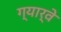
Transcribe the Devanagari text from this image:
ग्यार्वे